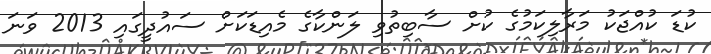
ކުޑަ ކުއްޖަކު މަރާލިކަމުގެ ކުށް ސާބިތުވި ލަންކާގެ މެއިޑަކަށް ސައުދީގައި 2013 ވަނަ